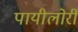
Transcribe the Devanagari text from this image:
पायीलोरी